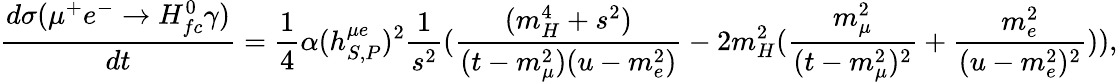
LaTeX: \frac{d\sigma(\mu^{+}e^{-}\rightarrow H_{fc}^{0}\gamma)}{dt}=\frac{1}{4}\alpha(h_{S,P}^{\mu e})^{2}\frac{1}{s^{2}}(\frac{(m_{H}^{4}+s^{2})}{(t-m_{\mu}^{2})(u-m_{e}^{2})}-2m_{H}^{2}(\frac{m_{\mu}^{2}}{(t-m_{\mu}^{2})^{2}}+\frac{m_{e}^{2}}{(u-m_{e}^{2})^{2}})),